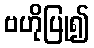
ဗဟိုပြု၍